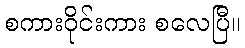
စကားဝိုင်းကား စလေပြီ။